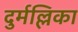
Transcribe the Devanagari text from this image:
दुर्मल्लिका